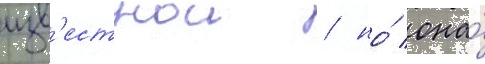
изв'естнои / но́ она́